Leaving Certificate, 1896
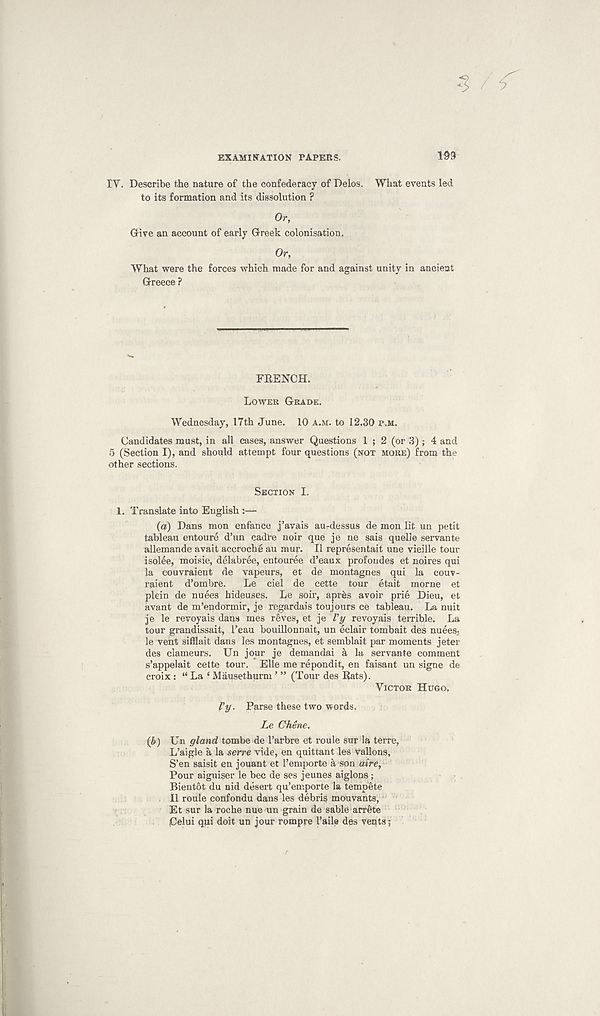
EXAMINATION PAPERS.
199
IV. Describe the nature of the confederacy of Delos. What events led
to its formation and its dissolution ?
Or,
Give an account of early Greek colonisation.
Or,
What were the forces which made for and against unity in ancient
Greece ?
FRENCH.
LOWER GRADE.
Wednesday, 17th June. 10 A.M. to 12.30 P.M.
Candidates must, in all cases, answer Questions 1 ; 2 (or 3) ; 4 and
5 (Section I), and should attempt four questions (NOT MORE) from the
other sections.
SECTION I.
1. Translate into English :—
(a) Dans mon enfance j’avais aurdessus de mon lit un petit
tableau entoure d’un cadre noir que je ne sais quelle servante
allemande avail accrochi§ au mur. II representait une vieille tour
isolee, moisie, delabree, entouree d’eaux: profondes et noires qui
la eouvraieut de vapeurs, et de montagnes qui la couv-
raient d’ombre.
Le ciel de cette tour etait morne et
plein de nuees hideuses, Le soir, apr&s avoir prie Dieu, et
avant de m’endormir, je regardais toujours ce tableau. La nuit
je le revoyais dans mes reves, et je Vy revoyais terrible. La
tour grandissait, I’eau bouillonnait, un eclair tombait des nuees.-,
le vent sifflait dans les montagnes, et semblait par moments jeter
des clameurs. Un jour je demandai a la servante comment
s’appelait cette tour. Elle me repondit, en faisant un signe de
croix: “ La ‘ Mausethiirni ’ ” (Tour des Rats).
VICTOR HUGO.
Vy. Parse these two words.
Le Chene.
(6) Un gland tombe de 1’arbre et roule sur la terre,
L’aigle a la serve vide, en quittant les vallons,
S’en saisit en jouant et 1’emporte a son aire,
Pour aiguiser le bee de ses jeunes aiglons;
Bientot du nid desert qu’emporte la tempete
II roule confondu dans les debris mouvants,
Et sur la roche nue un grain de sable arrete
Celui qui doit un jour rompre 1’aile des vents;